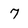
Character: 7